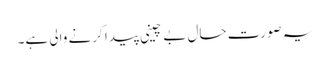
یہ صورت حال بے چینی پیدا کرنے والی ہے۔